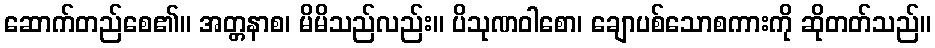
ဆောက်တည်စေ၏။ အတ္တနာစ၊ မိမိသည်လည်း။ ပိသုဏဝါစော၊ ချောပစ်သောစကားကို ဆိုတတ်သည်။